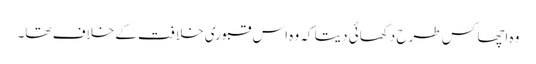
وہ اچھا کس طرح دکھائی دیتا کہ وہ اس قبوری خلافت کے خلاف تھا۔